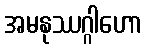
အမနုဿဂ္ဂါဟော